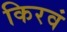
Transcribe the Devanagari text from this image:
किरवं